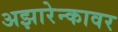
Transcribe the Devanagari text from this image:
अझारेन्कावर